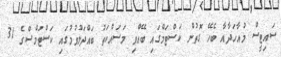
ސައިޓީސް މުއާހަދާއާ ބެހޭ ގޮތުން ކަސްޓަމްގައި ބޭއްވި މަސައްކަތު ބައްދަލުވުމުގައި ކަސްޓަމްސްގެ 31